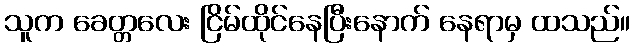
သူက ခေတ္တလေး ငြိမ်ထိုင်နေပြီးနောက် နေရာမှ ထသည်။